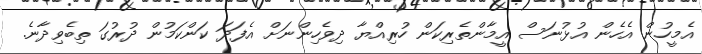
އެމީހުން އެހެން އުޅުނަސް އީމާންތެރިކަން ހުރިއްޔާ ދިވެހިންނަށް އެފަދަ ކަންކަމުން ދުރުގަ ތިބެވިދާނެ.